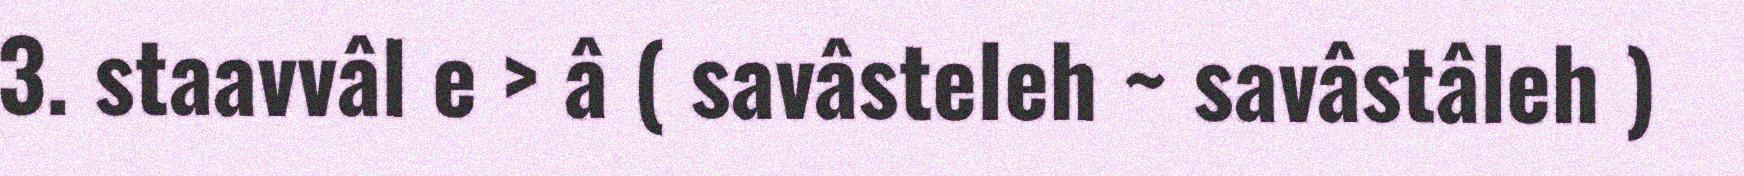
3. staavvâl e > â ( savâsteleh ~ savâstâleh )